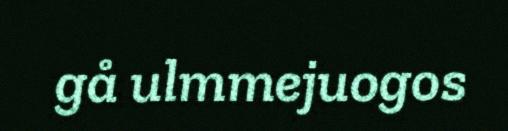
gå ulmmejuogos